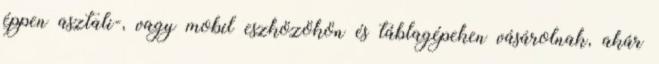
éppen asztali-, vagy mobil eszközökön és táblagépeken vásárolnak, akár